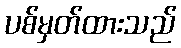
ပစ်မှတ်ထားသည်